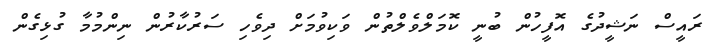
ރައީސް ނަޝީދުގެ އޮފީހުން ބުނީ ކޮމަލްވެލްތުން ވަކިވުމަށް ދިވެހި ސަރުކާރުން ނިންމުމާ ގުޅިގެން